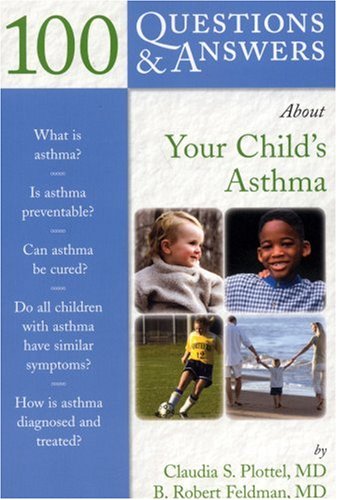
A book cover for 100 Questions  &  Answers About Your Child's Asthma; Claudia S. Pottel; Health, Fitness & Dieting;